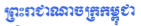
ព្រះរាជាណាចក្រកម្ពុជា